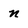
Character: n